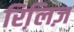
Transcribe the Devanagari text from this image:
रिलि़ज़